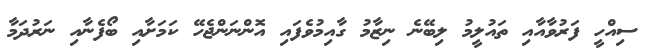
ސިއްހީ ފަރުވާއާއި ތައުލީމު ލިބޭނެ ނިޒާމު ގާއިމުވެފައި އޮންނަންޖެހޭ ކަމަށާއި ބޯފެނާއި ނަރުދަމާ